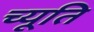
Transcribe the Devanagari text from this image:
च्यूति